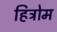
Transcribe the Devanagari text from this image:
हित्रोम